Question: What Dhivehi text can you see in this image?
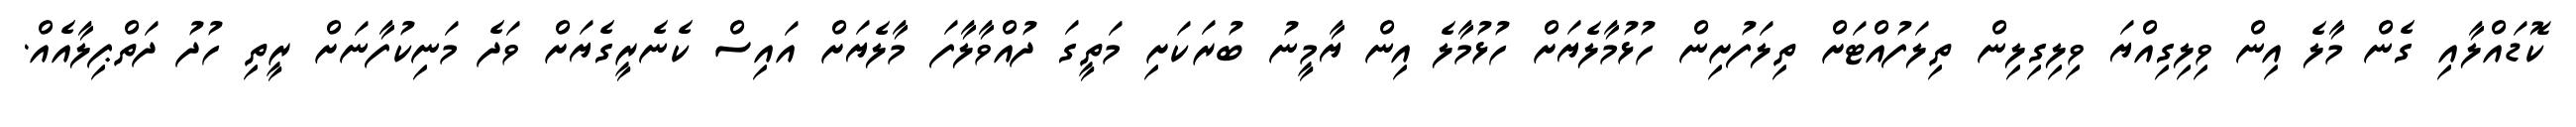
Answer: ކޮޑައްލާއި ގެން މާލެ އިން ވިލިގިއްޔަ ވިލިގިލިން ތިލަފުއްޓަށް ތިލަފުށިން ހުޅުމާލެޔަށް ހުޅުމާލެ އިން ޔާމީނު ބުރަކަށި މަތީގަ ދުއްވާލާފަ މާލެޔަށް އައިސް ކެނެރީގެޔަށް ވަދެ މަނިކުފާނަށް ރީތި ހުދު ދަތްޕިލާއެއް.